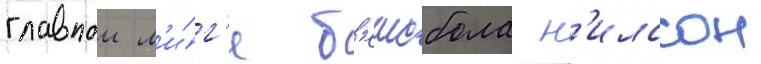
главнои л'и́г'е б'еисбола н'илссон